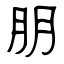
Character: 朋